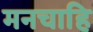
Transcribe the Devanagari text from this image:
मनचाहि